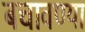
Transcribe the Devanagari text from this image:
बचावण्या